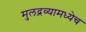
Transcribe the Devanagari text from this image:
मुलद्रव्यामध्येच